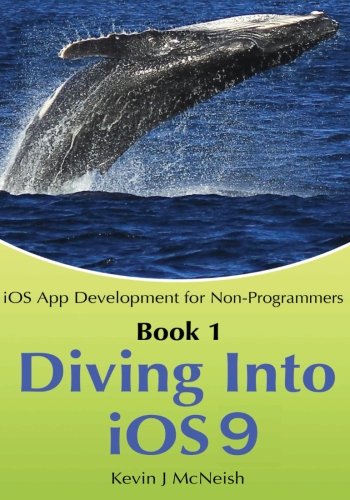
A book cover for Book 1: Diving In - iOS App Development for Non-Programmers Series: The Series on How to Create iPhone & iPad Apps; Kevin J McNeish; Computers & Technology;